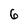
Character: 6